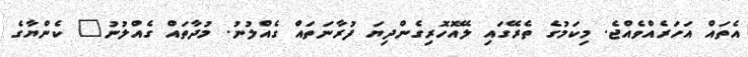
އެތައް އަހަރެއްވެއްޖެ. މިކަމުގެ ތެރޭގައި ލޭއޮހޮރިގެންދިޔަ ފުރާނަތައް ގެއްލުނު. މުދާތައް ގެއްލުނު" ކެންޔާގެ